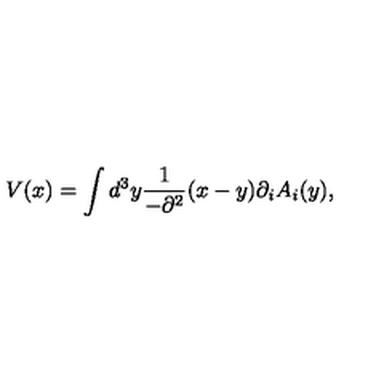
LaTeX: V ( x ) = \int d ^ { 3 } y \frac { 1 } { - \partial ^ { 2 } } ( x - y ) \partial _ { i } A _ { i } ( y ) ,